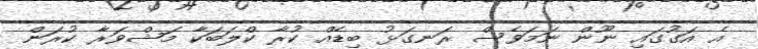
އެ އަގުގައި ނޫން ނަމަވެސް ރަނގަޅު ބިޑެއް ކުރާ ކްލަބަކާ މަޝްވަރާ ކުރަން